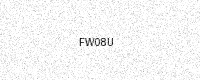
Text: FW08U